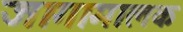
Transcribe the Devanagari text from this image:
जागामालक